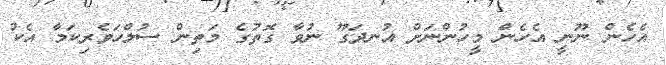
އެހެން ނޫނީ އެހެން މީހުންނަށް އުނދަގޫ ނުވާ ގޮތުގެ މަތިން ސުލްހަވެރިކަމާ އެކު